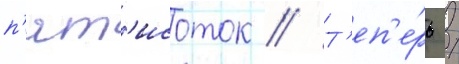
п'ят'исоток // Т'еп'е́рь /